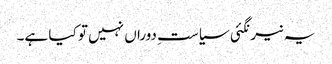
یہ نیرنگئی سیاستِ دوراں نہیں تو کیا ہے۔